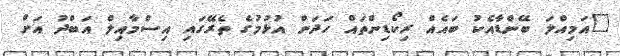
"އަމިއްލަ ބޭންޑާއެކު ބައެއް ރިކޯޑިންތައް ހަދަން އުޅުމުގެ ތެރޭގައި އިސްމާއިލް އަބްދު އަށް